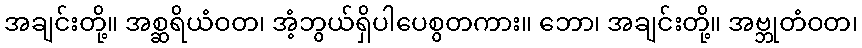
အချင်းတို့။ အစ္ဆရိယံဝတ၊ အံ့ဘွယ်ရှိပါပေစွတကား။ ဘော၊ အချင်းတို့။ အဗ္ဘုတံဝတ၊